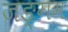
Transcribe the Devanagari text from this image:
जङ्गम